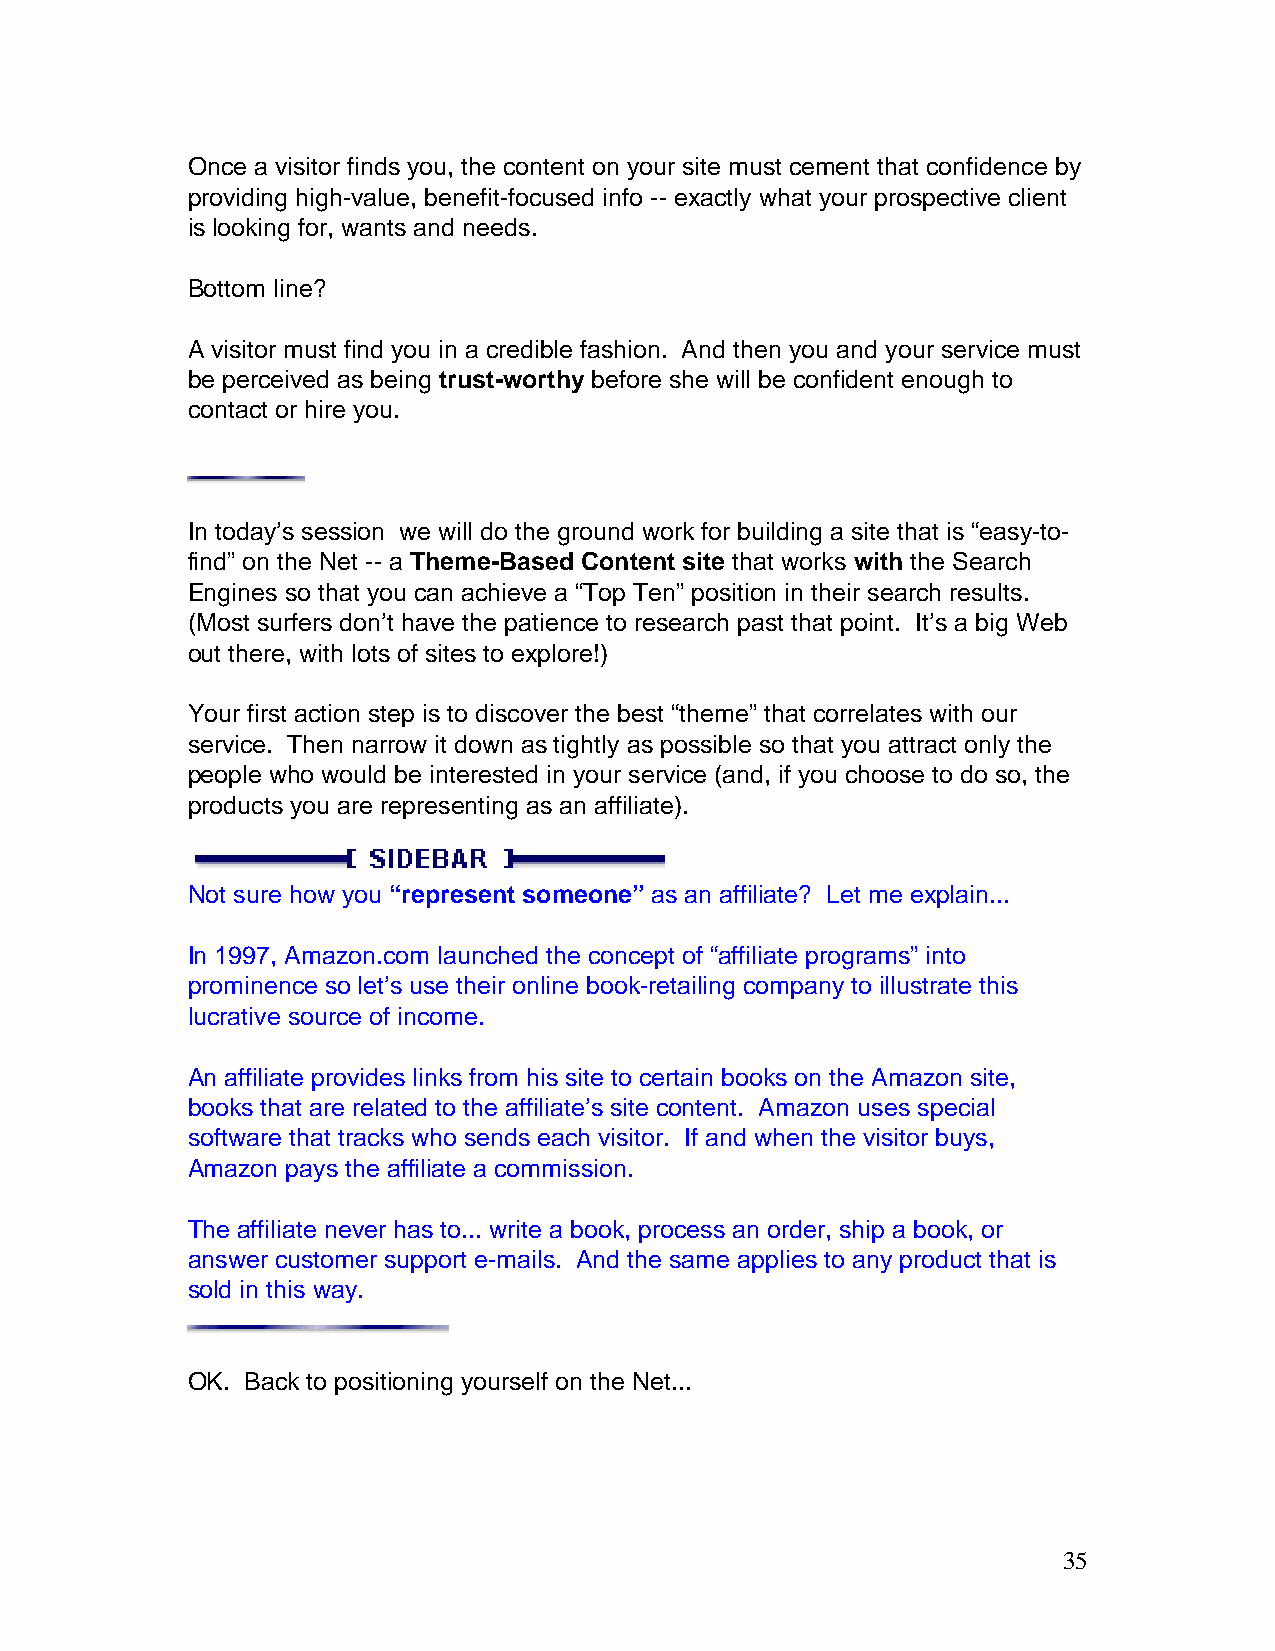
Once a visitor finds you, the content on your site must cement that confidence by
 providing high-value, benefit-focused info -- exactly what your prospective client
 is looking for, wants and needs.
 Bottom line?
 A visitor must find you in a credible fashion. And then you and your service must
 be perceived as being trust-worthy before she will be confident enough to
 contact or hire you.
 In today’s session we will do the ground work for building a site that is “easy-to-
 find” on the Net -- a Theme-Based Content site that works with the Search
 Engines so that you can achieve a “Top Ten” position in their search results.
 (Most surfers don’t have the patience to research past that point. It’s a big Web
 out there, with lots of sites to explore!)
 Your first action step is to discover the best “theme” that correlates with our
 service. Then narrow it down as tightly as possible so that you attract only the
 people who would be interested in your service (and, if you choose to do so, the
 products you are representing as an affiliate).
 Not sure how you “represent someone” as an affiliate? Let me explain...
 In 1997, Amazon.com launched the concept of “affiliate programs” into
 prominence so let’s use their online book-retailing company to illustrate this
 lucrative source of income.
 An affiliate provides links from his site to certain books on the Amazon site,
 books that are related to the affiliate’s site content. Amazon uses special
 software that tracks who sends each visitor. If and when the visitor buys,
 Amazon pays the affiliate a commission.
 The affiliate never has to... write a book, process an order, ship a book, or
 answer customer support e-mails. And the same applies to any product that is
 sold in this way.
 OK. Back to positioning yourself on the Net...
 35